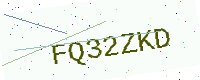
Text: FQ32ZKD